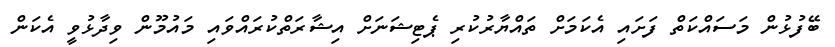
ބޭފުޅުން މަސައްކަތް ފަށައި އެކަމަށް ތައްޔާރުކުރި ޕެޓިޝަނަށް އިޝާރަތްކުރައްވައި މައުމޫން ވިދާޅުވީ އެކަން